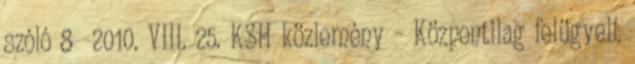
szóló 8 2010. VIII. 25. KSH közlemény - Központilag felügyelt